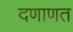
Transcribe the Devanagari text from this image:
दणाणत